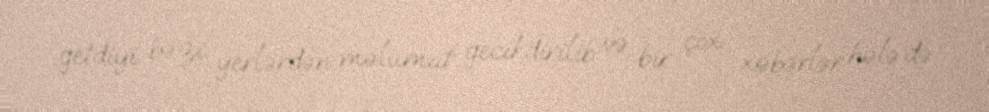
getdiyi bəzi yerlərdən məlumat gecikdirilib və bir çox xəbərlər hələ də